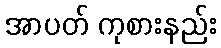
အာပတ် ကုစားနည်း